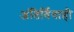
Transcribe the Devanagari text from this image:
अंतिर्विवाही